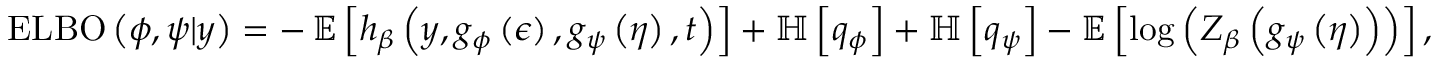
\begin{array} { r } { \operatorname { E L B O } \left( \phi , \psi \vert y \right) = - \operatorname { \mathbb { E } } \left[ h _ { \beta } \left( y , g _ { \phi } \left( \epsilon \right) , g _ { \psi } \left( \eta \right) , t \right) \right] + \mathbb { H } \left[ q _ { \phi } \right] + \mathbb { H } \left[ q _ { \psi } \right] - \mathbb { E } \left[ \log \left( Z _ { \beta } \left( g _ { \psi } \left( \eta \right) \right) \right) \right] , } \end{array}